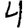
Digit: 4